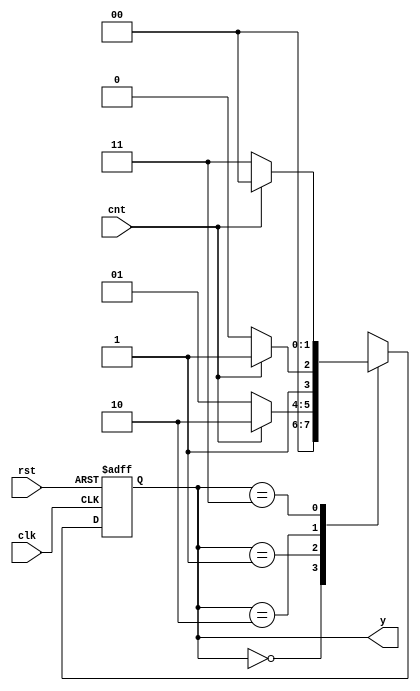
module btn_count(
	input cnt, clk, rst,
	output reg [1:0] y
);

localparam s0 = 2'b00, s1 = 2'b01, s2 = 2'b10, s3 = 2'b11;

reg [1:0] next_y;

always @(cnt, y)
// stg cua fsm
begin
	case(y)
	s0: 
		begin
		if(cnt) next_y = s1;
		next_y = s0;
		end
	s1: 
		begin
		if(cnt) next_y = s2;
		else next_y = s1;
		end
	s2: 
		begin
		if(cnt) next_y = s3;
		else next_y = s2;
		end
	s3: 
		begin
		if(cnt) next_y = s0;
		else next_y = s3;
		end
	endcase
end

always @(posedge clk or posedge rst)
//flip-flop
	begin
		if (rst) y <= s0;
		else y <= next_y;
	end
endmodule